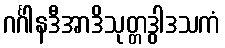
ဂင်္ဂါနဒီအာဒိသုတ္တဒွါဒသကံ